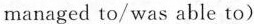
managed to/was able to)